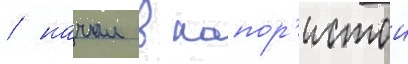
/ начал в напор'истои